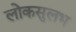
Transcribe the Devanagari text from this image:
लोकसुलभ